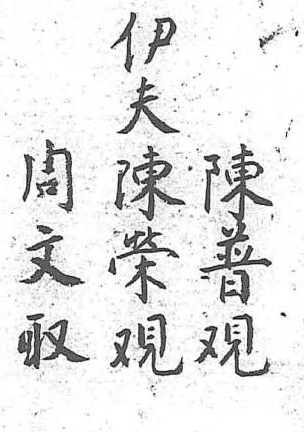
伊周陳陳夫文普榮 取覌覌